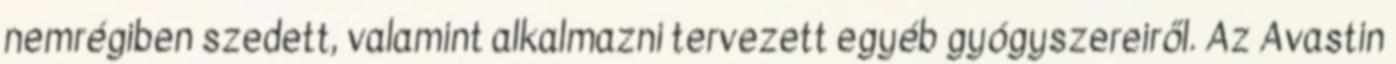
nemrégiben szedett, valamint alkalmazni tervezett egyéb gyógyszereiről. Az Avastin